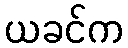
ယခင်က